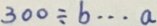
3 0 0 \div b \cdots a